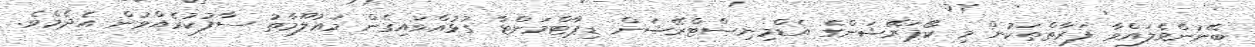
ބޭނުންވެލައްވާ ފަރާތްތަކުން މި ކޯޕަރޭޝަންގެ އެޑްމިނިސްޓްރޭޝަން ޑިޕާޓްމަންޓާ ގުޅުއްވައިގެން މަޢުލޫމާތު ސާފުކުރެއްވުން އެދެމެވެ.